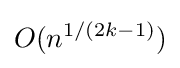
O(n^{1/(2k-1)})